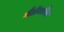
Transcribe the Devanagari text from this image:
गैलेक्टोस